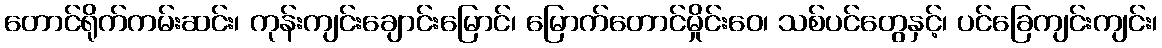
တောင်ရိုက်ကမ်းဆင်း၊ ကုန်းကျင်းချောင်းမြောင်၊ မြောက်တောင်မှိုင်းဝေ၊ သစ်ပင်တွေနှင့်၊ ပင်ခြေကျင်းကျင်း၊